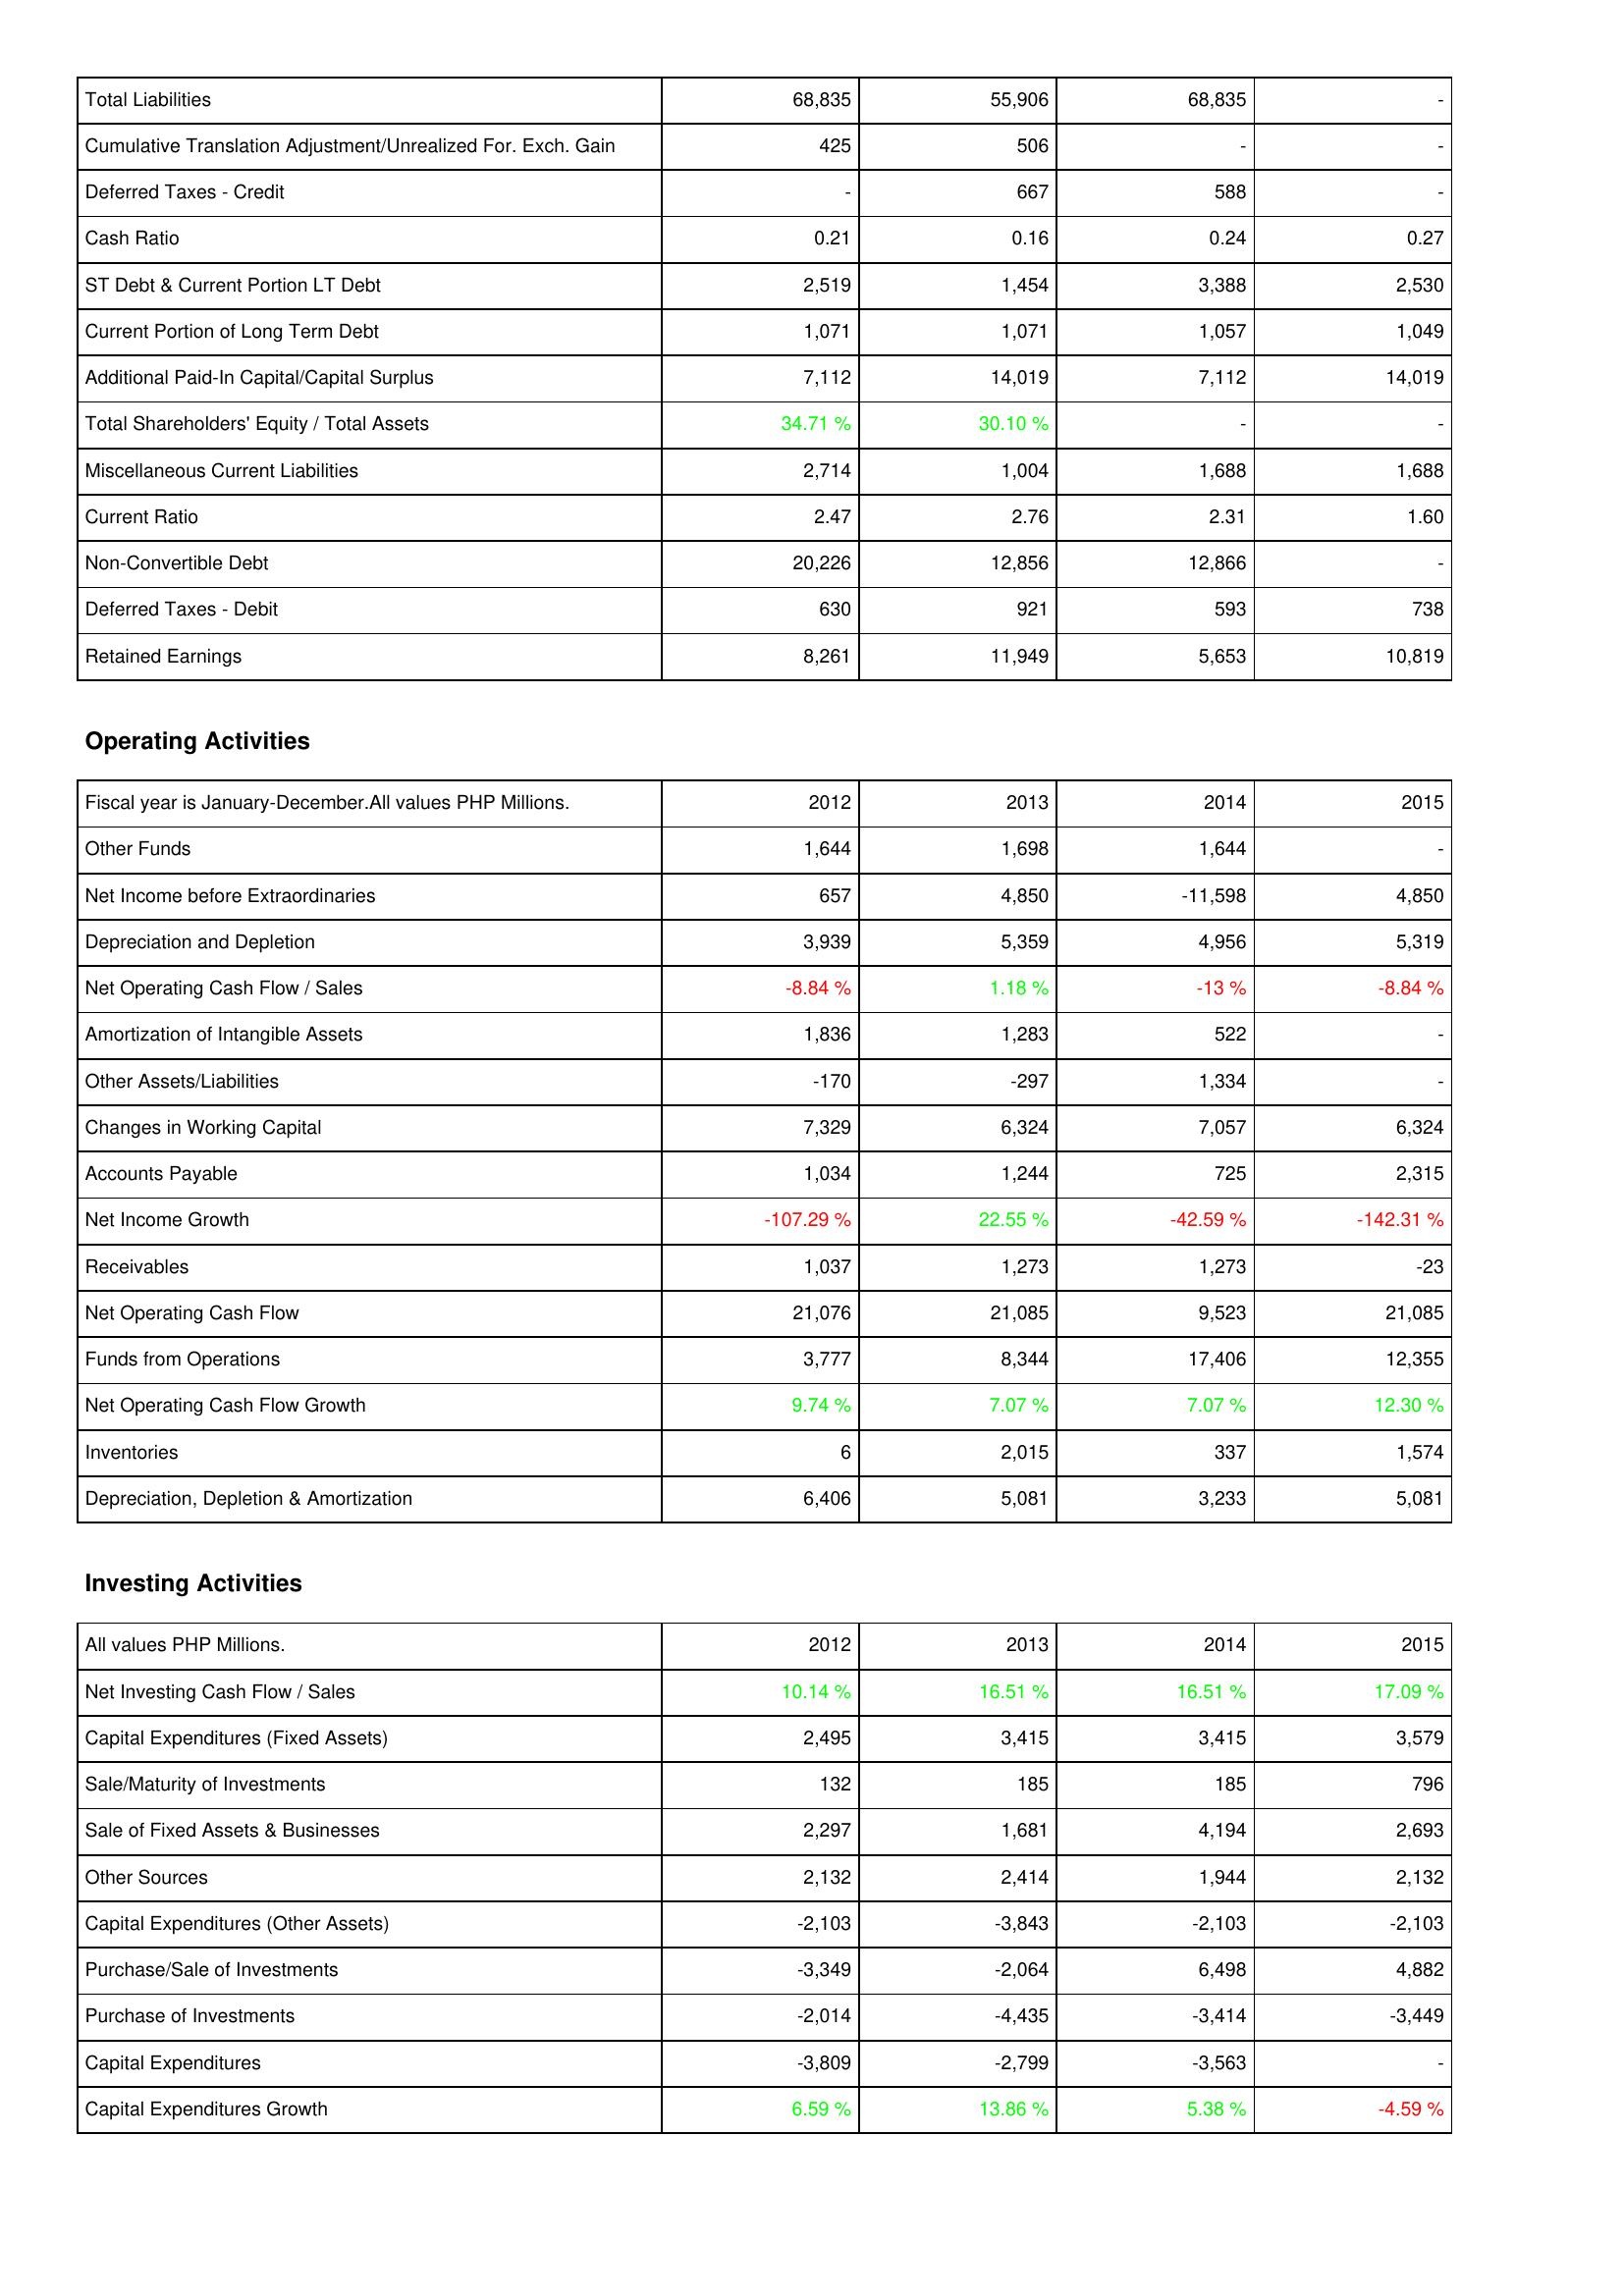
2012: Liabilities & Shareholders' Equity: Total Liabilities: 68,835
Cumulative Translation Adjustment/Unrealized For. Exch. Gain: 425
Deferred Taxes - Credit: -
Cash Ratio: 0.21
ST Debt & Current Portion LT Debt: 2,519
Current Portion of Long Term Debt: 1,071
Additional Paid-In Capital/Capital Surplus: 7,112
Total Shareholders' Equity / Total Assets: 34.71 %
Miscellaneous Current Liabilities: 2,714
Current Ratio: 2.47
Non-Convertible Debt: 20,226
Deferred Taxes - Debit: 630
Retained Earnings: 8,261
Operating Activities: Other Funds: 1,644
Net Income before Extraordinaries: 657
Depreciation and Depletion: 3,939
Net Operating Cash Flow / Sales: -8.84 %
Amortization of Intangible Assets: 1,836
Other Assets/Liabilities: -170
Changes in Working Capital: 7,329
Accounts Payable: 1,034
Net Income Growth: -107.29 %
Receivables: 1,037
Net Operating Cash Flow: 21,076
Funds from Operations: 3,777
Net Operating Cash Flow Growth: 9.74 %
Inventories: 6
Depreciation, Depletion & Amortization: 6,406
Investing Activities: Net Investing Cash Flow / Sales: 10.14 %
Capital Expenditures (Fixed Assets): 2,495
Sale/Maturity of Investments: 132
Sale of Fixed Assets & Businesses: 2,297
Other Sources: 2,132
Capital Expenditures (Other Assets): -2,103
Purchase/Sale of Investments: -3,349
Purchase of Investments: -2,014
Capital Expenditures: -3,809
Capital Expenditures Growth: 6.59 %
2013: Liabilities & Shareholders' Equity: Total Liabilities: 55,906
Cumulative Translation Adjustment/Unrealized For. Exch. Gain: 506
Deferred Taxes - Credit: 667
Cash Ratio: 0.16
ST Debt & Current Portion LT Debt: 1,454
Current Portion of Long Term Debt: 1,071
Additional Paid-In Capital/Capital Surplus: 14,019
Total Shareholders' Equity / Total Assets: 30.10 %
Miscellaneous Current Liabilities: 1,004
Current Ratio: 2.76
Non-Convertible Debt: 12,856
Deferred Taxes - Debit: 921
Retained Earnings: 11,949
Operating Activities: Other Funds: 1,698
Net Income before Extraordinaries: 4,850
Depreciation and Depletion: 5,359
Net Operating Cash Flow / Sales: 1.18 %
Amortization of Intangible Assets: 1,283
Other Assets/Liabilities: -297
Changes in Working Capital: 6,324
Accounts Payable: 1,244
Net Income Growth: 22.55 %
Receivables: 1,273
Net Operating Cash Flow: 21,085
Funds from Operations: 8,344
Net Operating Cash Flow Growth: 7.07 %
Inventories: 2,015
Depreciation, Depletion & Amortization: 5,081
Investing Activities: Net Investing Cash Flow / Sales: 16.51 %
Capital Expenditures (Fixed Assets): 3,415
Sale/Maturity of Investments: 185
Sale of Fixed Assets & Businesses: 1,681
Other Sources: 2,414
Capital Expenditures (Other Assets): -3,843
Purchase/Sale of Investments: -2,064
Purchase of Investments: -4,435
Capital Expenditures: -2,799
Capital Expenditures Growth: 13.86 %
2014: Liabilities & Shareholders' Equity: Total Liabilities: 68,835
Cumulative Translation Adjustment/Unrealized For. Exch. Gain: -
Deferred Taxes - Credit: 588
Cash Ratio: 0.24
ST Debt & Current Portion LT Debt: 3,388
Current Portion of Long Term Debt: 1,057
Additional Paid-In Capital/Capital Surplus: 7,112
Total Shareholders' Equity / Total Assets: -
Miscellaneous Current Liabilities: 1,688
Current Ratio: 2.31
Non-Convertible Debt: 12,866
Deferred Taxes - Debit: 593
Retained Earnings: 5,653
Operating Activities: Other Funds: 1,644
Net Income before Extraordinaries: -11,598
Depreciation and Depletion: 4,956
Net Operating Cash Flow / Sales: -13 %
Amortization of Intangible Assets: 522
Other Assets/Liabilities: 1,334
Changes in Working Capital: 7,057
Accounts Payable: 725
Net Income Growth: -42.59 %
Receivables: 1,273
Net Operating Cash Flow: 9,523
Funds from Operations: 17,406
Net Operating Cash Flow Growth: 7.07 %
Inventories: 337
Depreciation, Depletion & Amortization: 3,233
Investing Activities: Net Investing Cash Flow / Sales: 16.51 %
Capital Expenditures (Fixed Assets): 3,415
Sale/Maturity of Investments: 185
Sale of Fixed Assets & Businesses: 4,194
Other Sources: 1,944
Capital Expenditures (Other Assets): -2,103
Purchase/Sale of Investments: 6,498
Purchase of Investments: -3,414
Capital Expenditures: -3,563
Capital Expenditures Growth: 5.38 %
2015: Liabilities & Shareholders' Equity: Total Liabilities: -
Cumulative Translation Adjustment/Unrealized For. Exch. Gain: -
Deferred Taxes - Credit: -
Cash Ratio: 0.27
ST Debt & Current Portion LT Debt: 2,530
Current Portion of Long Term Debt: 1,049
Additional Paid-In Capital/Capital Surplus: 14,019
Total Shareholders' Equity / Total Assets: -
Miscellaneous Current Liabilities: 1,688
Current Ratio: 1.60
Non-Convertible Debt: -
Deferred Taxes - Debit: 738
Retained Earnings: 10,819
Operating Activities: Other Funds: -
Net Income before Extraordinaries: 4,850
Depreciation and Depletion: 5,319
Net Operating Cash Flow / Sales: -8.84 %
Amortization of Intangible Assets: -
Other Assets/Liabilities: -
Changes in Working Capital: 6,324
Accounts Payable: 2,315
Net Income Growth: -142.31 %
Receivables: -23
Net Operating Cash Flow: 21,085
Funds from Operations: 12,355
Net Operating Cash Flow Growth: 12.30 %
Inventories: 1,574
Depreciation, Depletion & Amortization: 5,081
Investing Activities: Net Investing Cash Flow / Sales: 17.09 %
Capital Expenditures (Fixed Assets): 3,579
Sale/Maturity of Investments: 796
Sale of Fixed Assets & Businesses: 2,693
Other Sources: 2,132
Capital Expenditures (Other Assets): -2,103
Purchase/Sale of Investments: 4,882
Purchase of Investments: -3,449
Capital Expenditures: -
Capital Expenditures Growth: -4.59 %